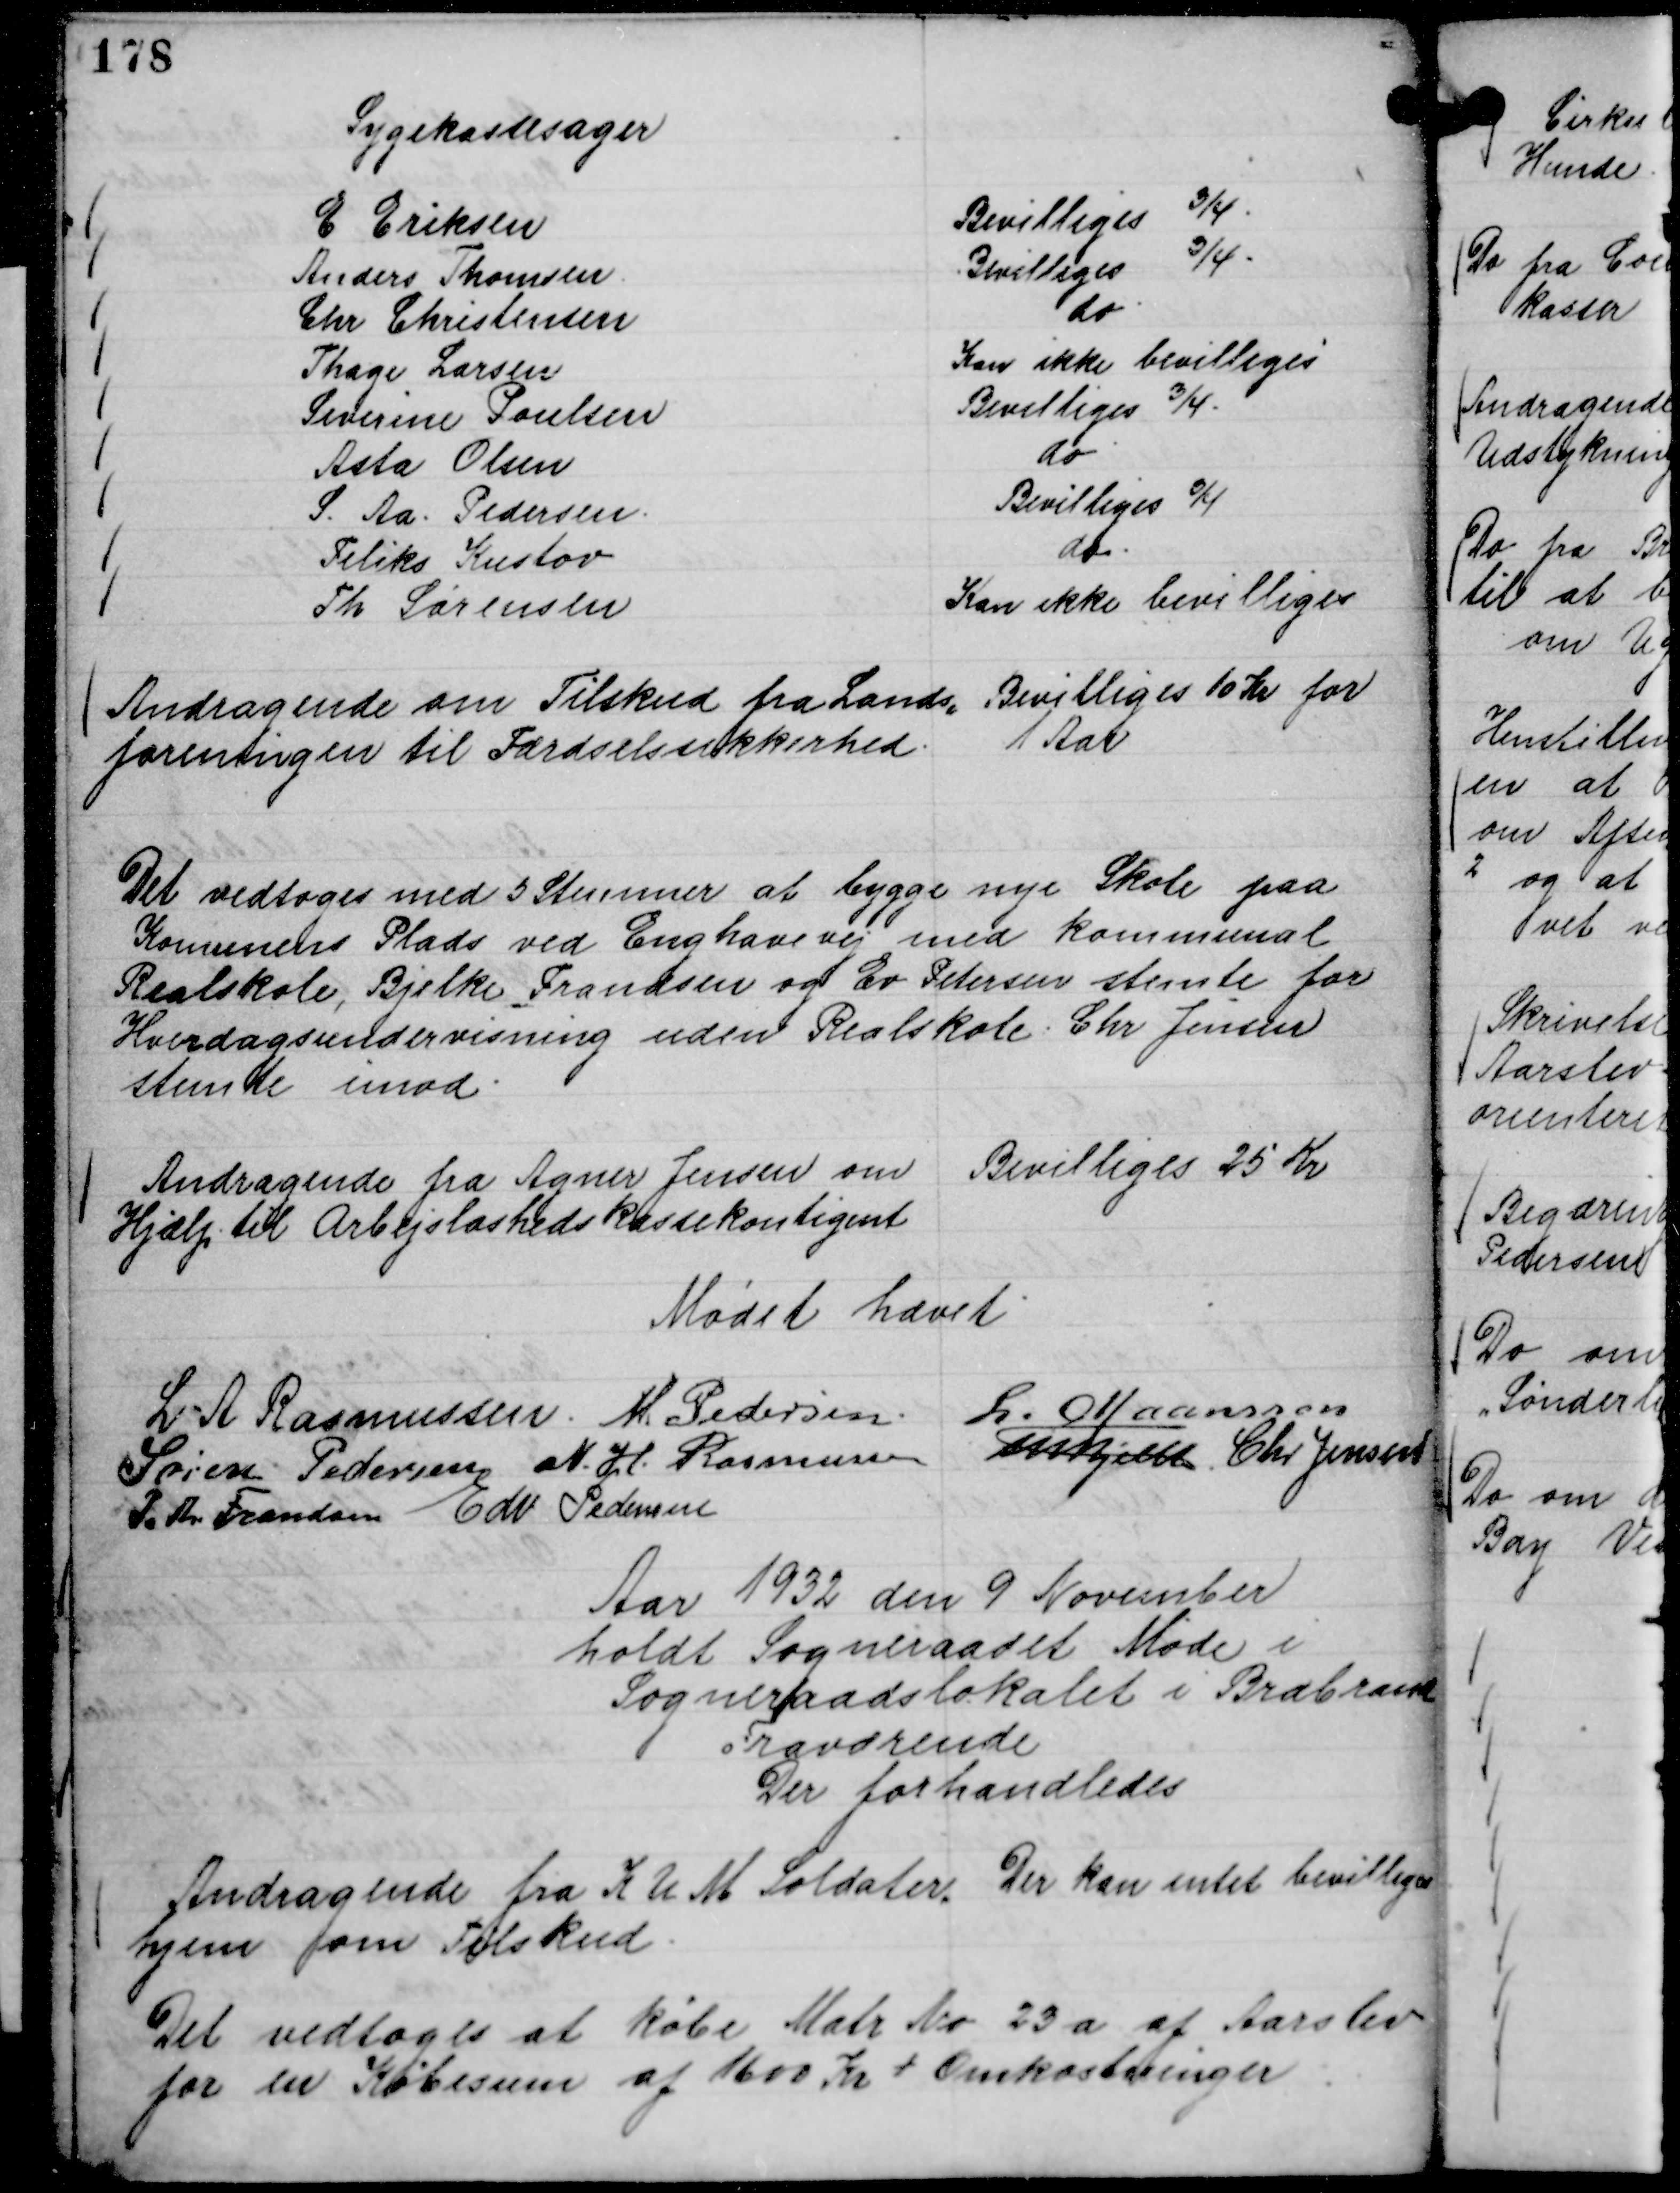
Transskription:
Sygekassesager
E Eriksen
Bevilliges ¾.
Anders Thomsen.
Bevilliges ¾.
Chr Christensen
do.
Thage Larsen
Kan ikke bevilliges
Severine Poulsen
Bevilliges ¾.
Asta Olsen
do
S. Aa. Pedersen.
Bevilliges ¾
Feliks Kustov
do.
Th Sørensen
Kan ikke bevilliges

Andragende om Tilskud fra Lands,,
foreningen til Færdselssikkerhed.

Bevilliges 10 Kr for
1 Aar

Det vedtoges med 5 Stemmer at bygge nye Skole paa
Komunens Plads ved Enghavevej med kommunal
Realskole, Bjelke Frandsen og Ev. Petersen stemte for
Hverdagsundervisning uden Realskole. Chr Jensen
stemte imod.

Andragende fra Agner Jensen om
Hjælp til Arbejsløshedskassekontigent

Bevilliges 25 Kr

Mødet hævet
L A Rasmussen.
M. Pedersen.
L. Maansson
Søren Pedersen
N. H. Rasmussen
Th Bjelke
Chr Jensen
P. Th. Frandsen
Edv Pedersen

Aar 1932 den 9 November
holdt Sogneraadet Møde i
Sogneraadslokalet i Brabrand
Fraværende
Der forhandledes

Andragende fra K U M Soldater,,
hjem om Tilskud.

Der kan intet bevilliges

Det vedtoges at købe Matr No 23 a af Aarslev
for en Købesum af 1600 Kr + Omkostninger